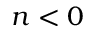
n < 0